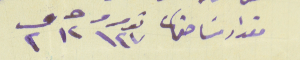
مقدار مسَاحتها نومرو ١٤٧ حـ ١٢ ق ٢